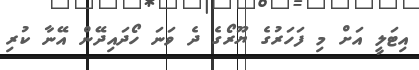
އިޓަލީ އަށް މި ފަހަރުގެ ޔޫރޯގެ ދެ ވަނަ ހޯދައިދޭން އޭނާ ކުރި